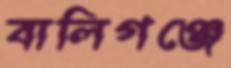
বালিগঞ্জে